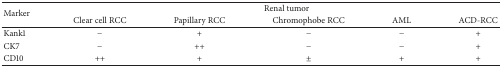
<table><thead><tr><td rowspan="2"><b>Marker</b></td><td colspan="5"><b>Renal tumor</b></td></tr><tr><td><b>Clear cell RCC</b></td><td><b>Papillary RCC</b></td><td><b>Chromophobe RCC</b></td><td><b>AML</b></td><td><b>ACD-RCC</b></td></tr></thead><tbody><tr><td>Kank1</td><td>−</td><td>+</td><td>−</td><td>−</td><td>+</td></tr><tr><td>CK7</td><td>−</td><td>++</td><td>−</td><td>−</td><td>+</td></tr><tr><td>CD10</td><td>++</td><td>+</td><td>±</td><td>+</td><td>+</td></tr></tbody></table>